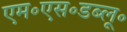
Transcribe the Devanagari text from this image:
एम॰एस॰डब्लू॰